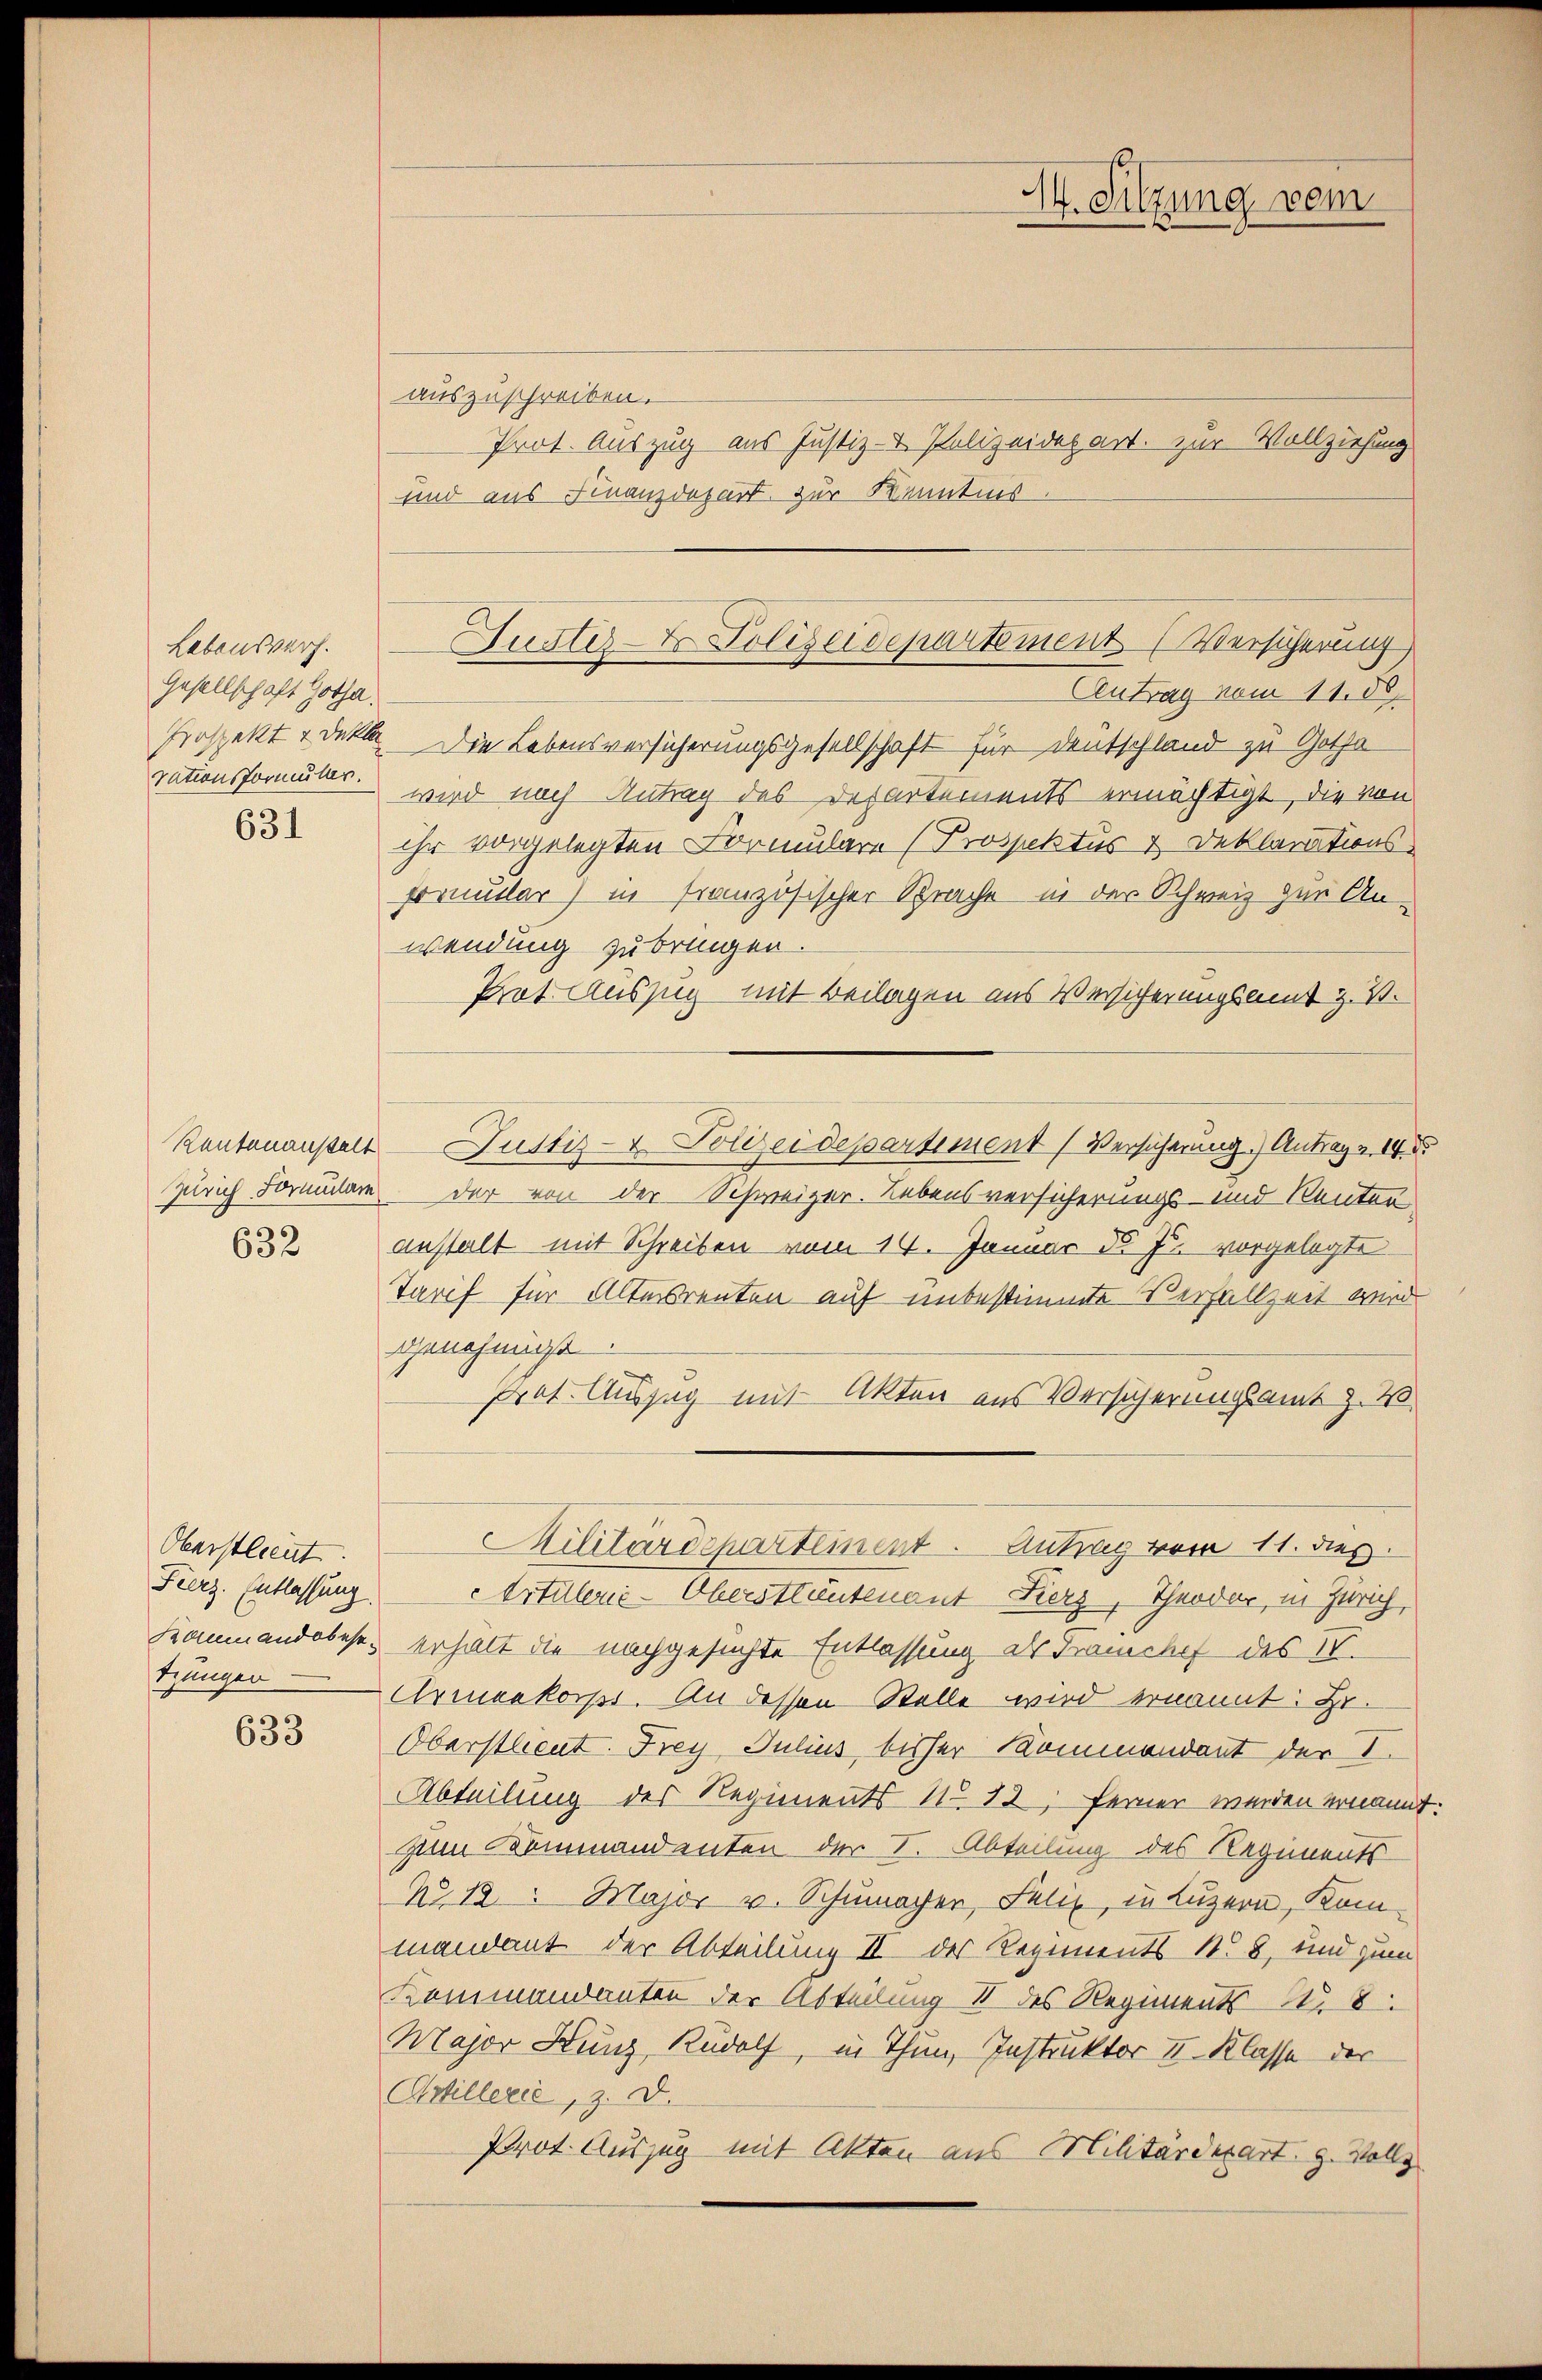
Lebenswurf.
Gesellschaft Gotha.
vationsformulier.

631

632

Oberstlieut.
Fierz. Entlassung.
tzungen

633

auszuschreiben.
Prot. Auszug aus Justiz- & Polizeidepart. zur Vollziehung
und aus Finanzdepart zur Kenntnis
Antrag vom 11. ds
Prospekt - dekte Die Lebensversicherungsgesellschaft für Deutschland zu Gotha
wird nach Antrag des Departements ermächtigt, die von
ihr vorgelegten Formulare (Prospektus & Deklarations-
Formular) in französischer Sprache in der Schweiz zur Anwendung zu bringen.
Prot. Auszug mit Beilagen aus Versicherungsamt z. B.
Rentenanstalt Justiz- & Polizeidepartement (Versicherung.) Antrag - 14. d.
Zürich Formulare der von der Schweizer. Lebensversicherungs- und Renter
anstalt mit Schreiben vom 14. Januar d. J. vorgelegte
Tarif für Alterrenten auf unbestimmte Verfallzeit wird
genehmigt.
Prof. Auszug mit Akten aus Versicherungsamt z. W.
Militärdepartement. Antrag vom 11. dieß.
Artillerie-Oberstlantenant Fierz, Theodor, in Zürich
Kommandobeses erhält die nachgesuchte Entlassung der Franchef des IV.
Armeekorps. An dessen Stelle wird ernannt: Hr.
Oberstlieut. Frey Julius bisher Kommandant der I.
Abteilung des Regiments No 12; ferner werden ernannt
zum Kommandenten der I. Abteilung des Regiments
No 12: Major v. Schumayer, Felix, in Luzern, Kommandant der Abteilung II der Regiments N. 8, und zum
Kommandanten der Abteilung II des Regiments N. 8
Major Kunz, Rudolf, in Thun, Instruktor II. Klasse der
Artillerie, z. d.
Prot. Auszug mit Akten aus Militärdepart. g. Vollz

Justiz- & Polizeidepartement (Versicherung

M. Sitzung vom